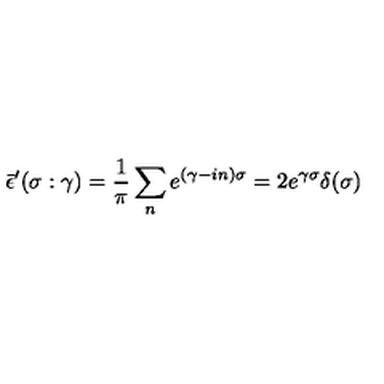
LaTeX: \bar { \epsilon } ^ { \prime } ( \sigma : \gamma ) = \frac { 1 } { \pi } \sum _ { n } e ^ { ( \gamma - i n ) \sigma } = 2 e ^ { \gamma \sigma } \delta ( \sigma )